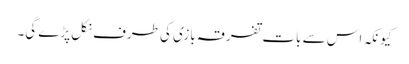
کیونکہ اس سے بات تفرقہ بازی کی طرف نکل پڑے گی۔